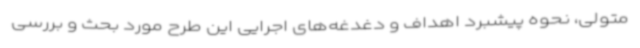
متولی، نحوه پیشبرد اهداف و دغدغه‌های اجرایی این طرح مورد بحث و بررسی